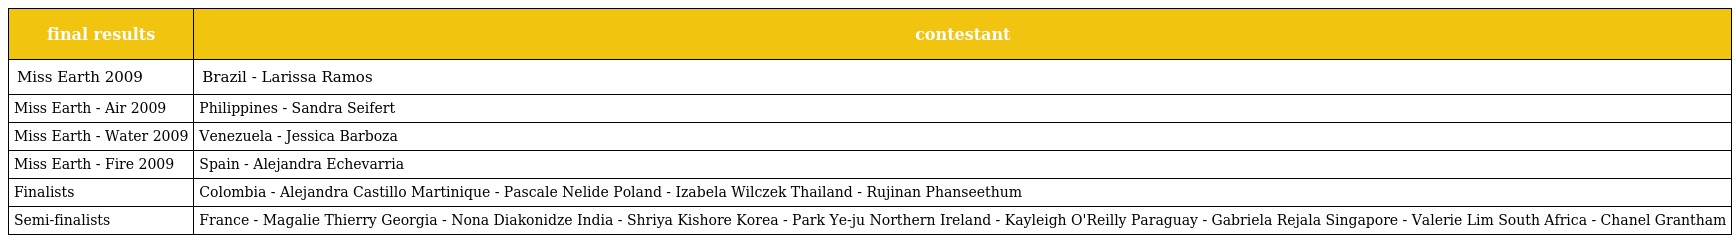
| final results | contestant |
 | --- | --- |
 | Miss Earth 2009 | Brazil - Larissa Ramos |
 | Miss Earth - Air 2009 | Philippines - Sandra Seifert |
 | Miss Earth - Water 2009 | Venezuela - Jessica Barboza |
 | Miss Earth - Fire 2009 | Spain - Alejandra Echevarria |
 | Finalists | Colombia - Alejandra Castillo Martinique - Pascale Nelide Poland - Izabela Wilczek Thailand - Rujinan Phanseethum |
 | Semi-finalists | France - Magalie Thierry Georgia - Nona Diakonidze India - Shriya Kishore Korea - Park Ye-ju Northern Ireland - Kayleigh O'Reilly Paraguay - Gabriela Rejala Singapore - Valerie Lim South Africa - Chanel Grantham |